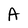
Character: A